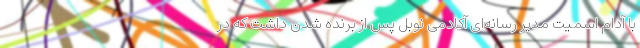
با آدام اسمیت مدیر رسانه‌ای آکادمی نوبل پس از برنده شدن داشت که در